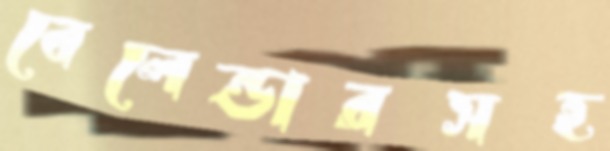
বেলেন্ডারসহ